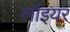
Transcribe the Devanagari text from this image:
लॉइयर